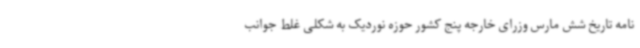
نامه تاریخ شش مارس وزرای خارجه پنج کشور حوزه نوردیک به شکلی غلط جوانب